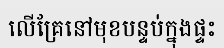
លើគ្រែនៅមុខបន្ទប់ក្នុងផ្ទះ